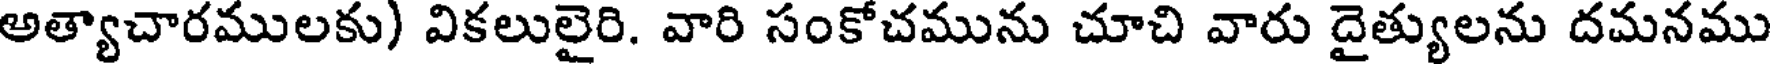
అత్యాచారములకు) వికలులైరి. వారి సంకోచమును చూచి వారు దైత్యులను దమనము